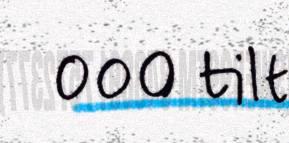
000 tilt